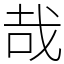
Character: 哉